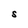
Character: S